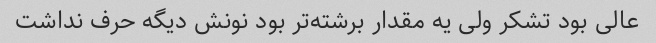
عالی بود تشکر ولی یه مقدار برشته‌تر بود نونش دیگه حرف نداشت